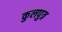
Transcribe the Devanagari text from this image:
कुलपुत्र